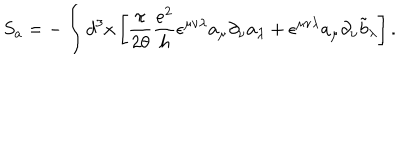
LaTeX: S _ { a } = - \int d ^ { 3 } x \left[ \frac { \pi } { 2 \theta } \frac { e ^ { 2 } } { h } \epsilon ^ { \mu \nu \lambda } a _ { \mu } \partial _ { \nu } a _ { \lambda } + \epsilon ^ { \mu \nu \lambda } a _ { \mu } \partial _ { \nu } { \tilde { b } } _ { \lambda } \right] .